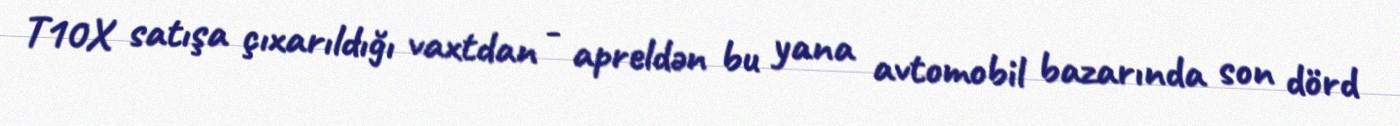
T10X satışa çıxarıldığı vaxtdan - apreldən bu yana avtomobil bazarında son dörd